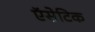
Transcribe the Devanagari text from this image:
ऍसेटिक